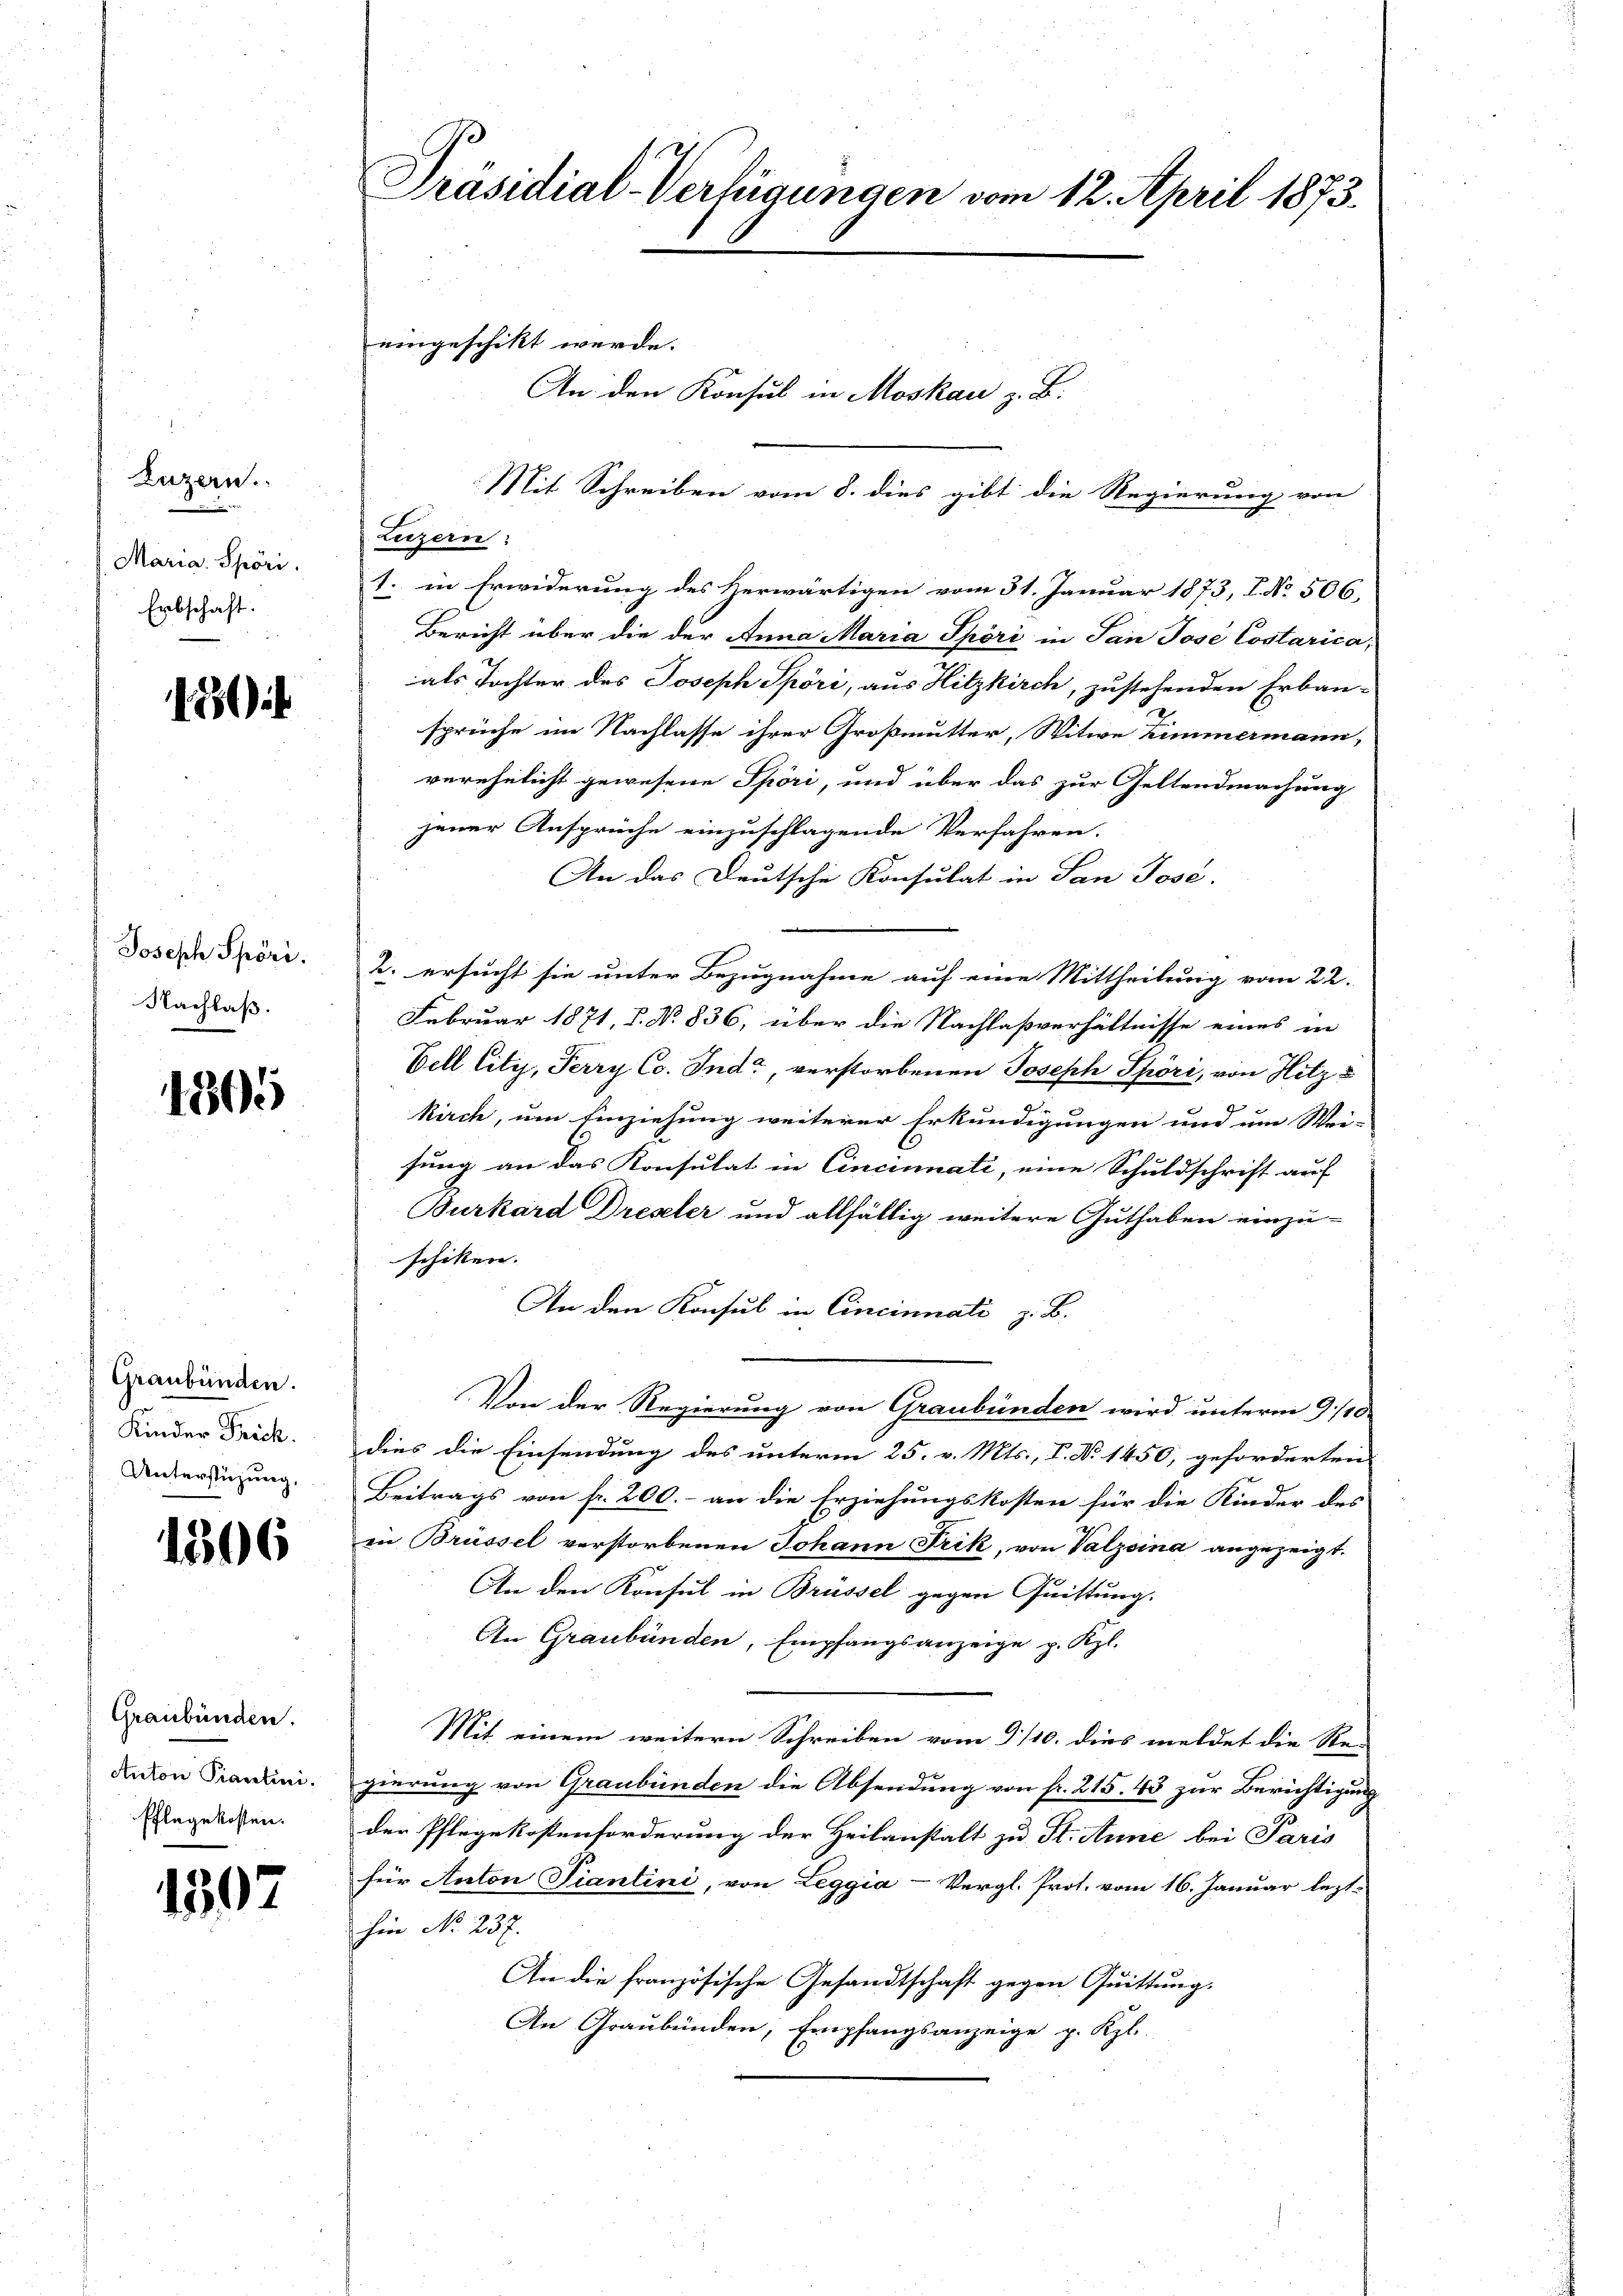
Luzern.

Maria. Spöri.
Erbschaft.

15

Joseph Spöri.
Nachlaß.

1305

Graubünden.
Kinder Frick.
Unterstüzung,

1306

Graubünden.
Anton Piantini.
Pflegekosten.

1397

Präsidial-Verfügungen vom 12. April 1873.

Mit Schreiben vom 8. dies gibt die Regierung von
Luzern:
1. in Erwiderung des Herwärtigen vom 31. Januar 1873, I. No. 506,
Bericht über die der Anna Maria Spöri in San Jose Costarica,
als Tochter des Joseph Spöri, aus Hitzkirch, zustehenden Erbau-
sprüche im Nachlasse ihrer Großmutter, Witwe Zimmermann,
verehelicht gewesene Spöri, und über das zur Geltendmachung
jener Ansprüche einzuschlagende Verfahren.
An das Deutsche Konsulat in San Jose
2. ersucht sie unter Bezugnahme auf eine Mittheilung vom 22.
Februar 1871, S. Nr. 836, über die Nachlaßverhältnisse eines in
Vell Citi, Terry Co. Indi, verstorbenen Joseph Spöri, von Hitz s
kirch, um Einziehung weiterer Erkundigungen und um Wei-
sung an das Konsulat in Cincinnati, eine Schuldschrift auf
Burkard Dreseler und allfällig weitere Guthaben einzu-
schiken.
An den Konsul in Cincinnati z. B.
Von der Regierung von Graubünden wird unterm 9/10
dies die Einsendung des unterm 25. v. Mts., P. No 1450, geforderten
Beitrags von fr. 200.- an die Erziehungskosten für die Kinder des
in Brüssel verstorbenen Johann Frik, von Valzeina angezeigt.
An den Konsul in Brüssel gegen Quittung.
An Graubünden, Empfangsanzeige p. Kgl.
Mit einem weitern Schreiben vom 9/10. dies meldet die Re-
gierung von Graubünden die Absendung von fr. 215. 43 zur Berichtigung
der Pflegekostenforderung der Heilanstalt zu St. Anne bei Paris
für Anton Piantini, von Leggia-Vergl. Prot. vom 16. Januar lezt
hin No. 237.
An die französische Gesandtschaft gegen Quittung,
An Graubünden, Empfangsanzeige p. Kzl.

eingeschikt werde.

An den Konsul in Moskau z. B.